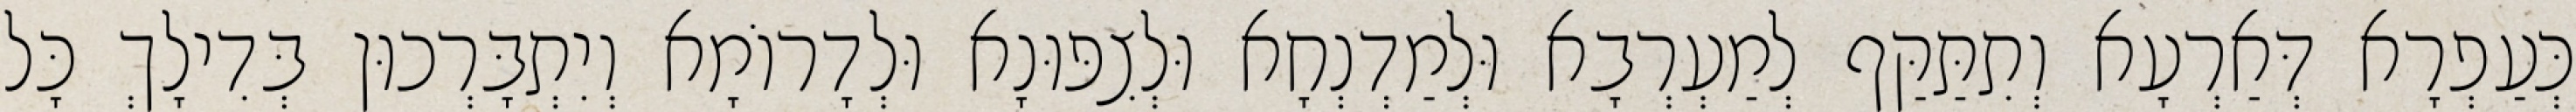
כְּעַפְרָא דְּאַרְעָא וְתִתַּקַּף לְמַעְרְבָא וּלְמַדְנְחָא וּלְצִפּוּנָא וּלְדָרוֹמָא וְיִתְבָּרְכוּן בְּדִילָךְ כָּל